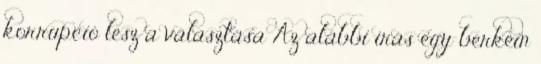
korrupció lesz a választása Az alábbi írás egy berkein